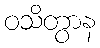
ဝသိတွာန